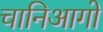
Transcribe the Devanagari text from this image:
चानिआगो